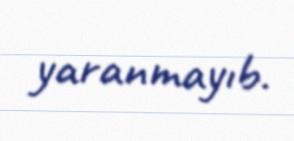
yaranmayıb.